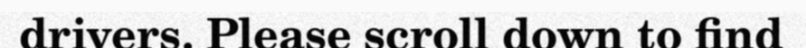
drivers. Please scroll down to find